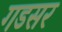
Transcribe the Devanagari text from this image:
गडसर